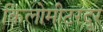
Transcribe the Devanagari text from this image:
किलोमीटरदूर